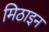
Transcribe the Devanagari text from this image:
मिठाइन